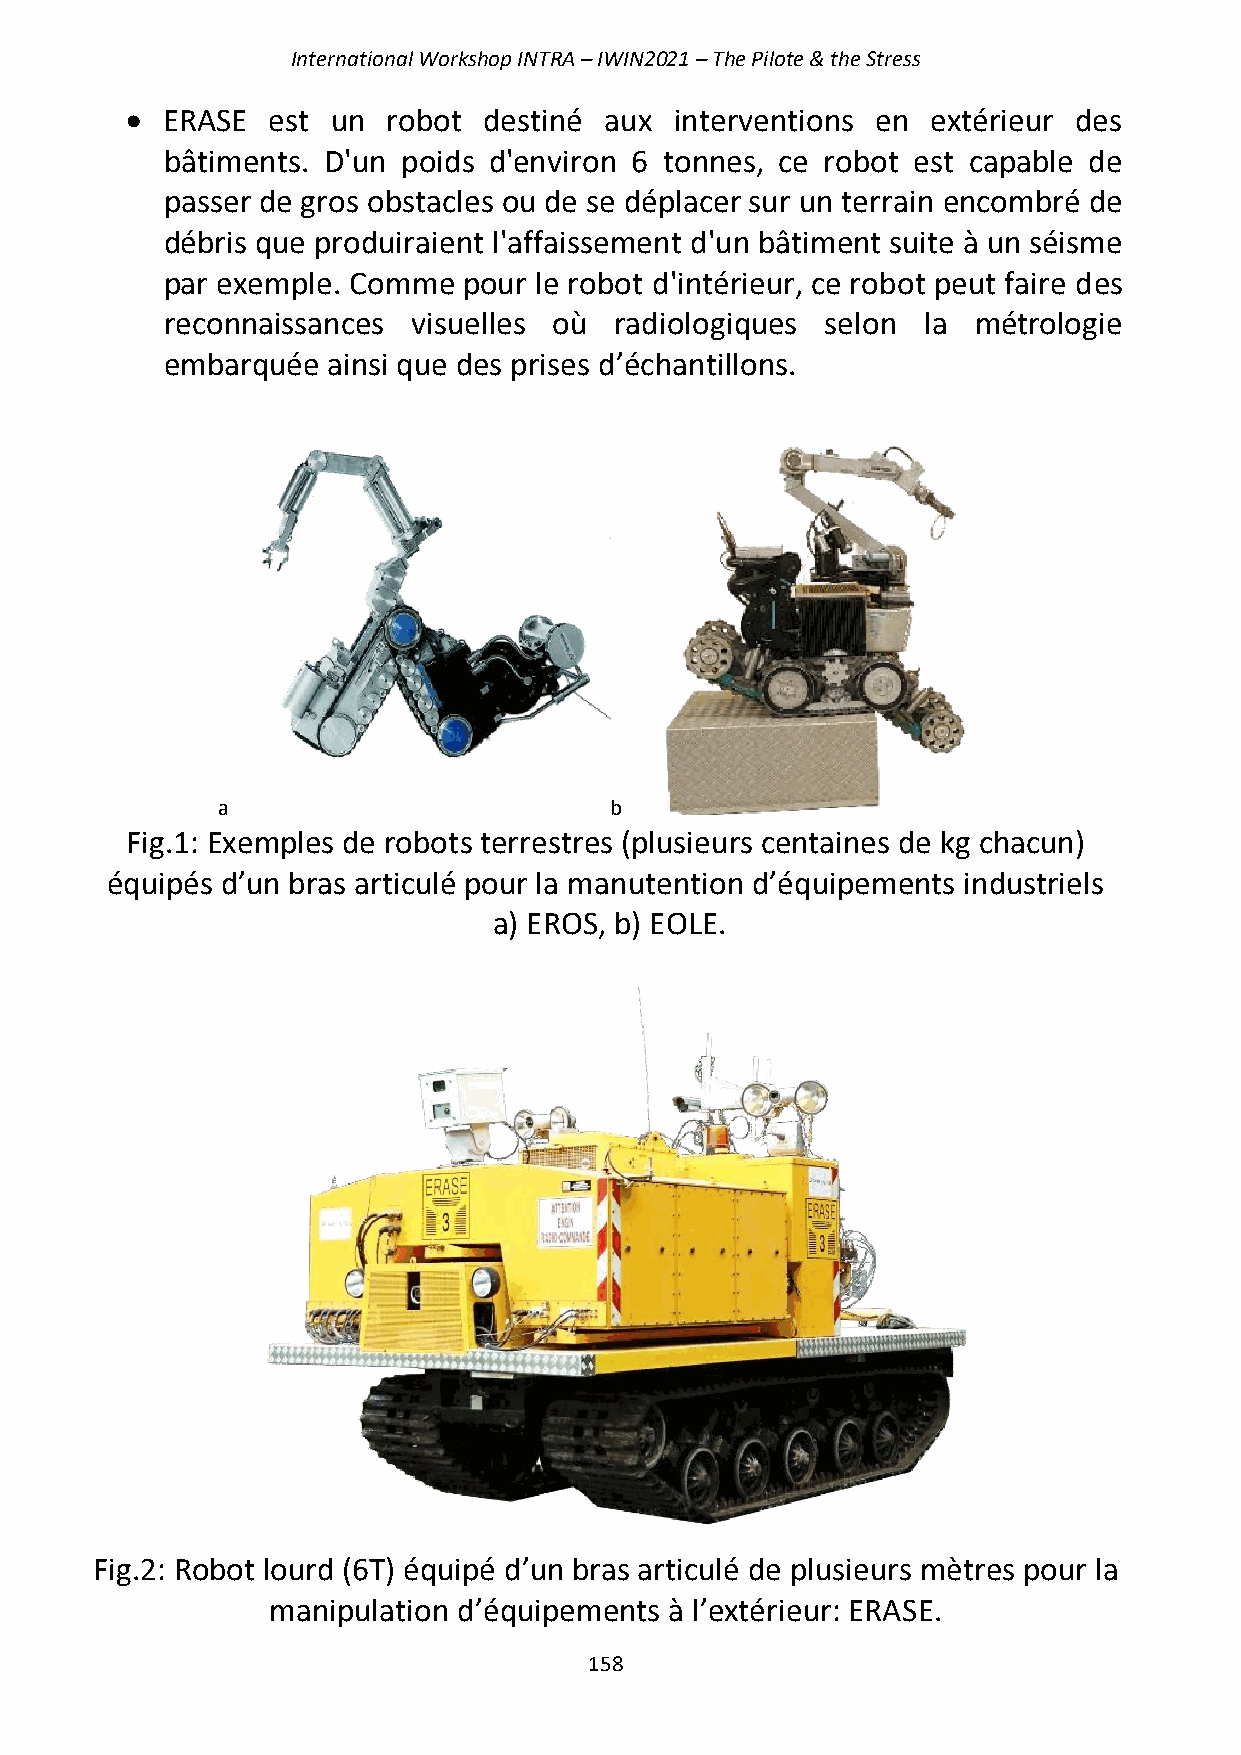
International Workshop INTRA – IWIN2021 – The Pilote & the Stress
 •  ERASE  est un  robot destiné aux  interventions en extérieur des
 bâtiments. D'un poids d'environ 6 tonnes, ce robot est capable de
 passer de gros obstacles ou de se déplacer sur un terrain encombré de
 débris que produiraient l'affaissement d'un bâtiment suite à un séisme
 par exemple. Comme  pour le robot d'intérieur, ce robot peut faire des
 reconnaissances visuelles où  radiologiques selon la métrologie
 embarquée  ainsi que des prises d’échantillons.
 a                         b
 Fig.1: Exemples de robots terrestres (plusieurs centaines de kg chacun)
 équipés d’un bras articulé pour la manutention d’équipements industriels
 a) EROS, b) EOLE.
 Fig.2: Robot lourd (6T) équipé d’un bras articulé de plusieurs mètres pour la
 manipulation d’équipements à l’extérieur: ERASE.
 158